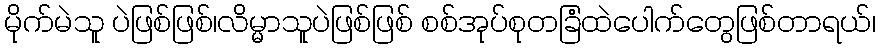
မိုက်မဲသူ ပဲဖြစ်ဖြစ်၊လိမ္မာသူပဲဖြစ်ဖြစ် စစ်အုပ်စုတခြံထဲပေါက်တွေဖြစ်တာရယ်၊